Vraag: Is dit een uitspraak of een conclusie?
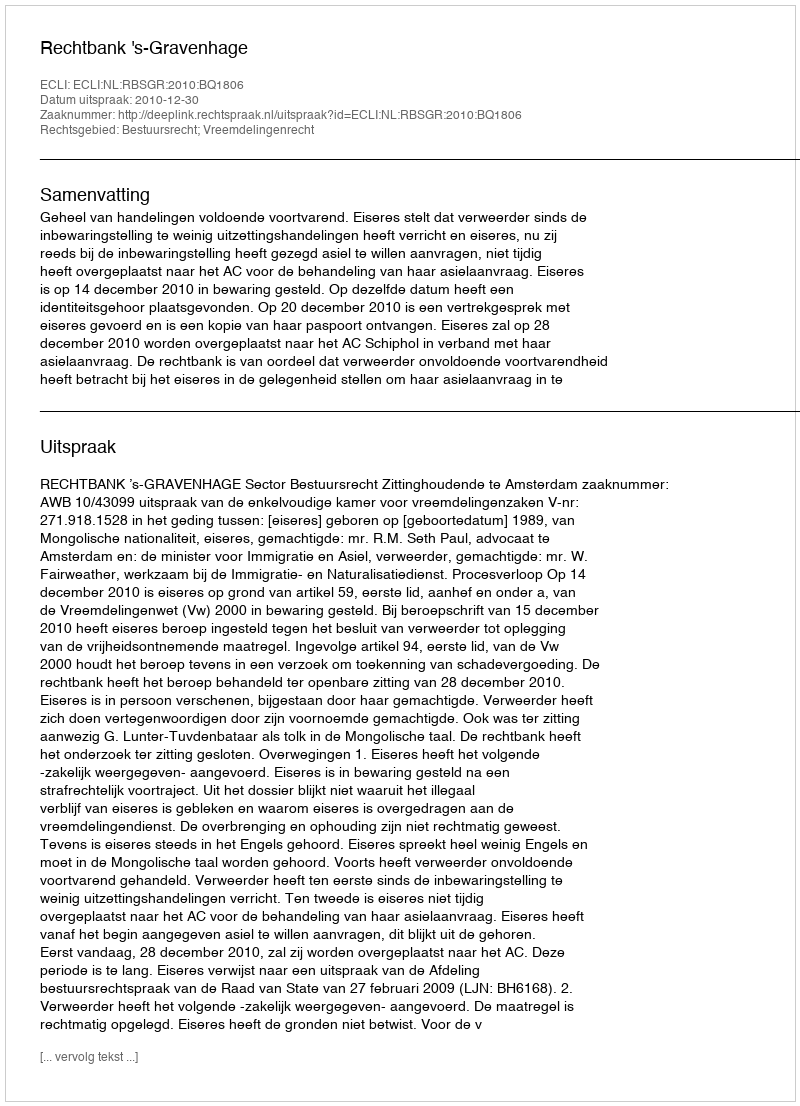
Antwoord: Uitspraak